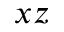
x z